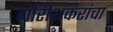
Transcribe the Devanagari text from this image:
गौरीशंकरांचा